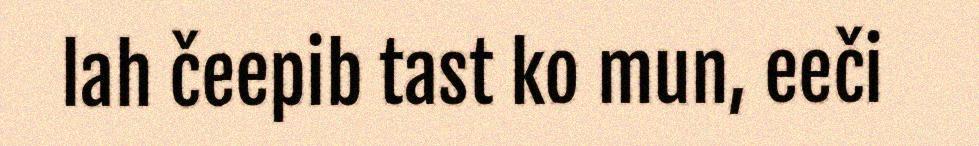
lah čeepib tast ko mun, eeči